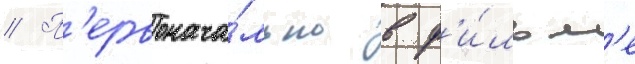
// П'ервонача́льно в ф'и́льм'е